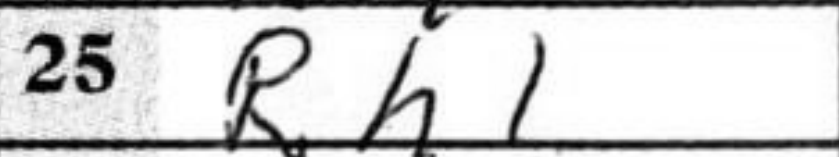
Transcription: Rh1